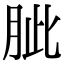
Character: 𦚚